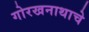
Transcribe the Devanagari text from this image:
गोरखनाथाचे